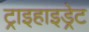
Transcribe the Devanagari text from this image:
ट्राइहाइड्रेट